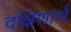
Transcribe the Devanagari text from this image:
दक्षिणार्थ